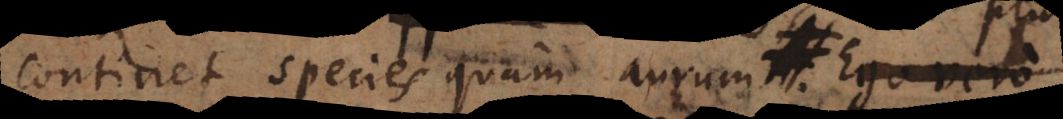
continet species quam aurum, et